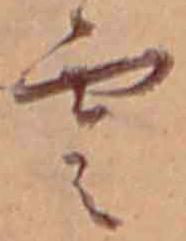
雲